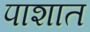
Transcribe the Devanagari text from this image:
पाशात